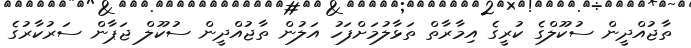
ތާޖުއްދީން ސުކޫލްގެ ކުރީގެ އިމާރާތް ތަޅާލުމަށްފަހު އަލުން ތާޖުއްދީން ސުކޫލް ޖަޕާން ސަރުކާރުގެ